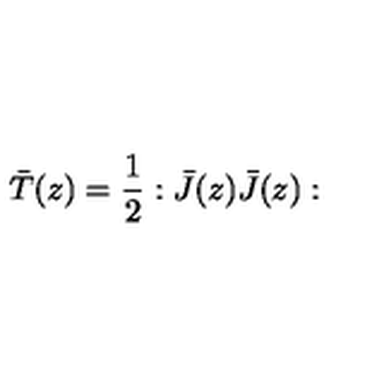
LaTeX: \bar { T } ( z ) = \frac { 1 } { 2 } : \bar { J } ( z ) \bar { J } ( z ) :